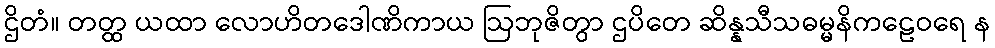
ဌိတံ။ တတ္ထ ယထာ လောဟိတဒေါဏိကာယ ဩဘုဇိတွာ ဌပိတေ ဆိန္နသီသဓမ္မနိကဠေဝရေ န